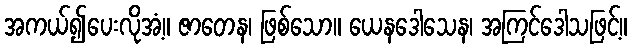
အကယ်၍ပေးလိုအံ့။ ဇာတေန၊ ဖြစ်သော။ ယေနဒေါသေန၊ အကြင်ဒေါသဖြင့်။